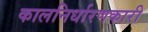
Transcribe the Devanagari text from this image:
कालनिर्धारणकारी